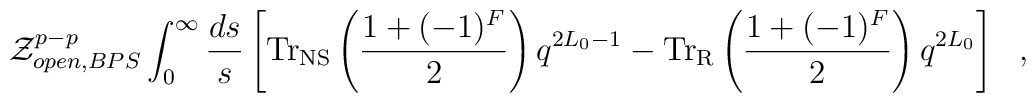
{\cal Z}_{open,BPS}^{p-p}\int_0^\infty\frac{ds}{s}\left[{\rm Tr}_{\rm NS}\left(\frac{1+(-1)^F}{2}\right)q^{2L_0-1} - {\rm Tr}_{\rm R}\left(\frac{1+(-1)^F}{2}\right)q^{2L_0} \right]~~,